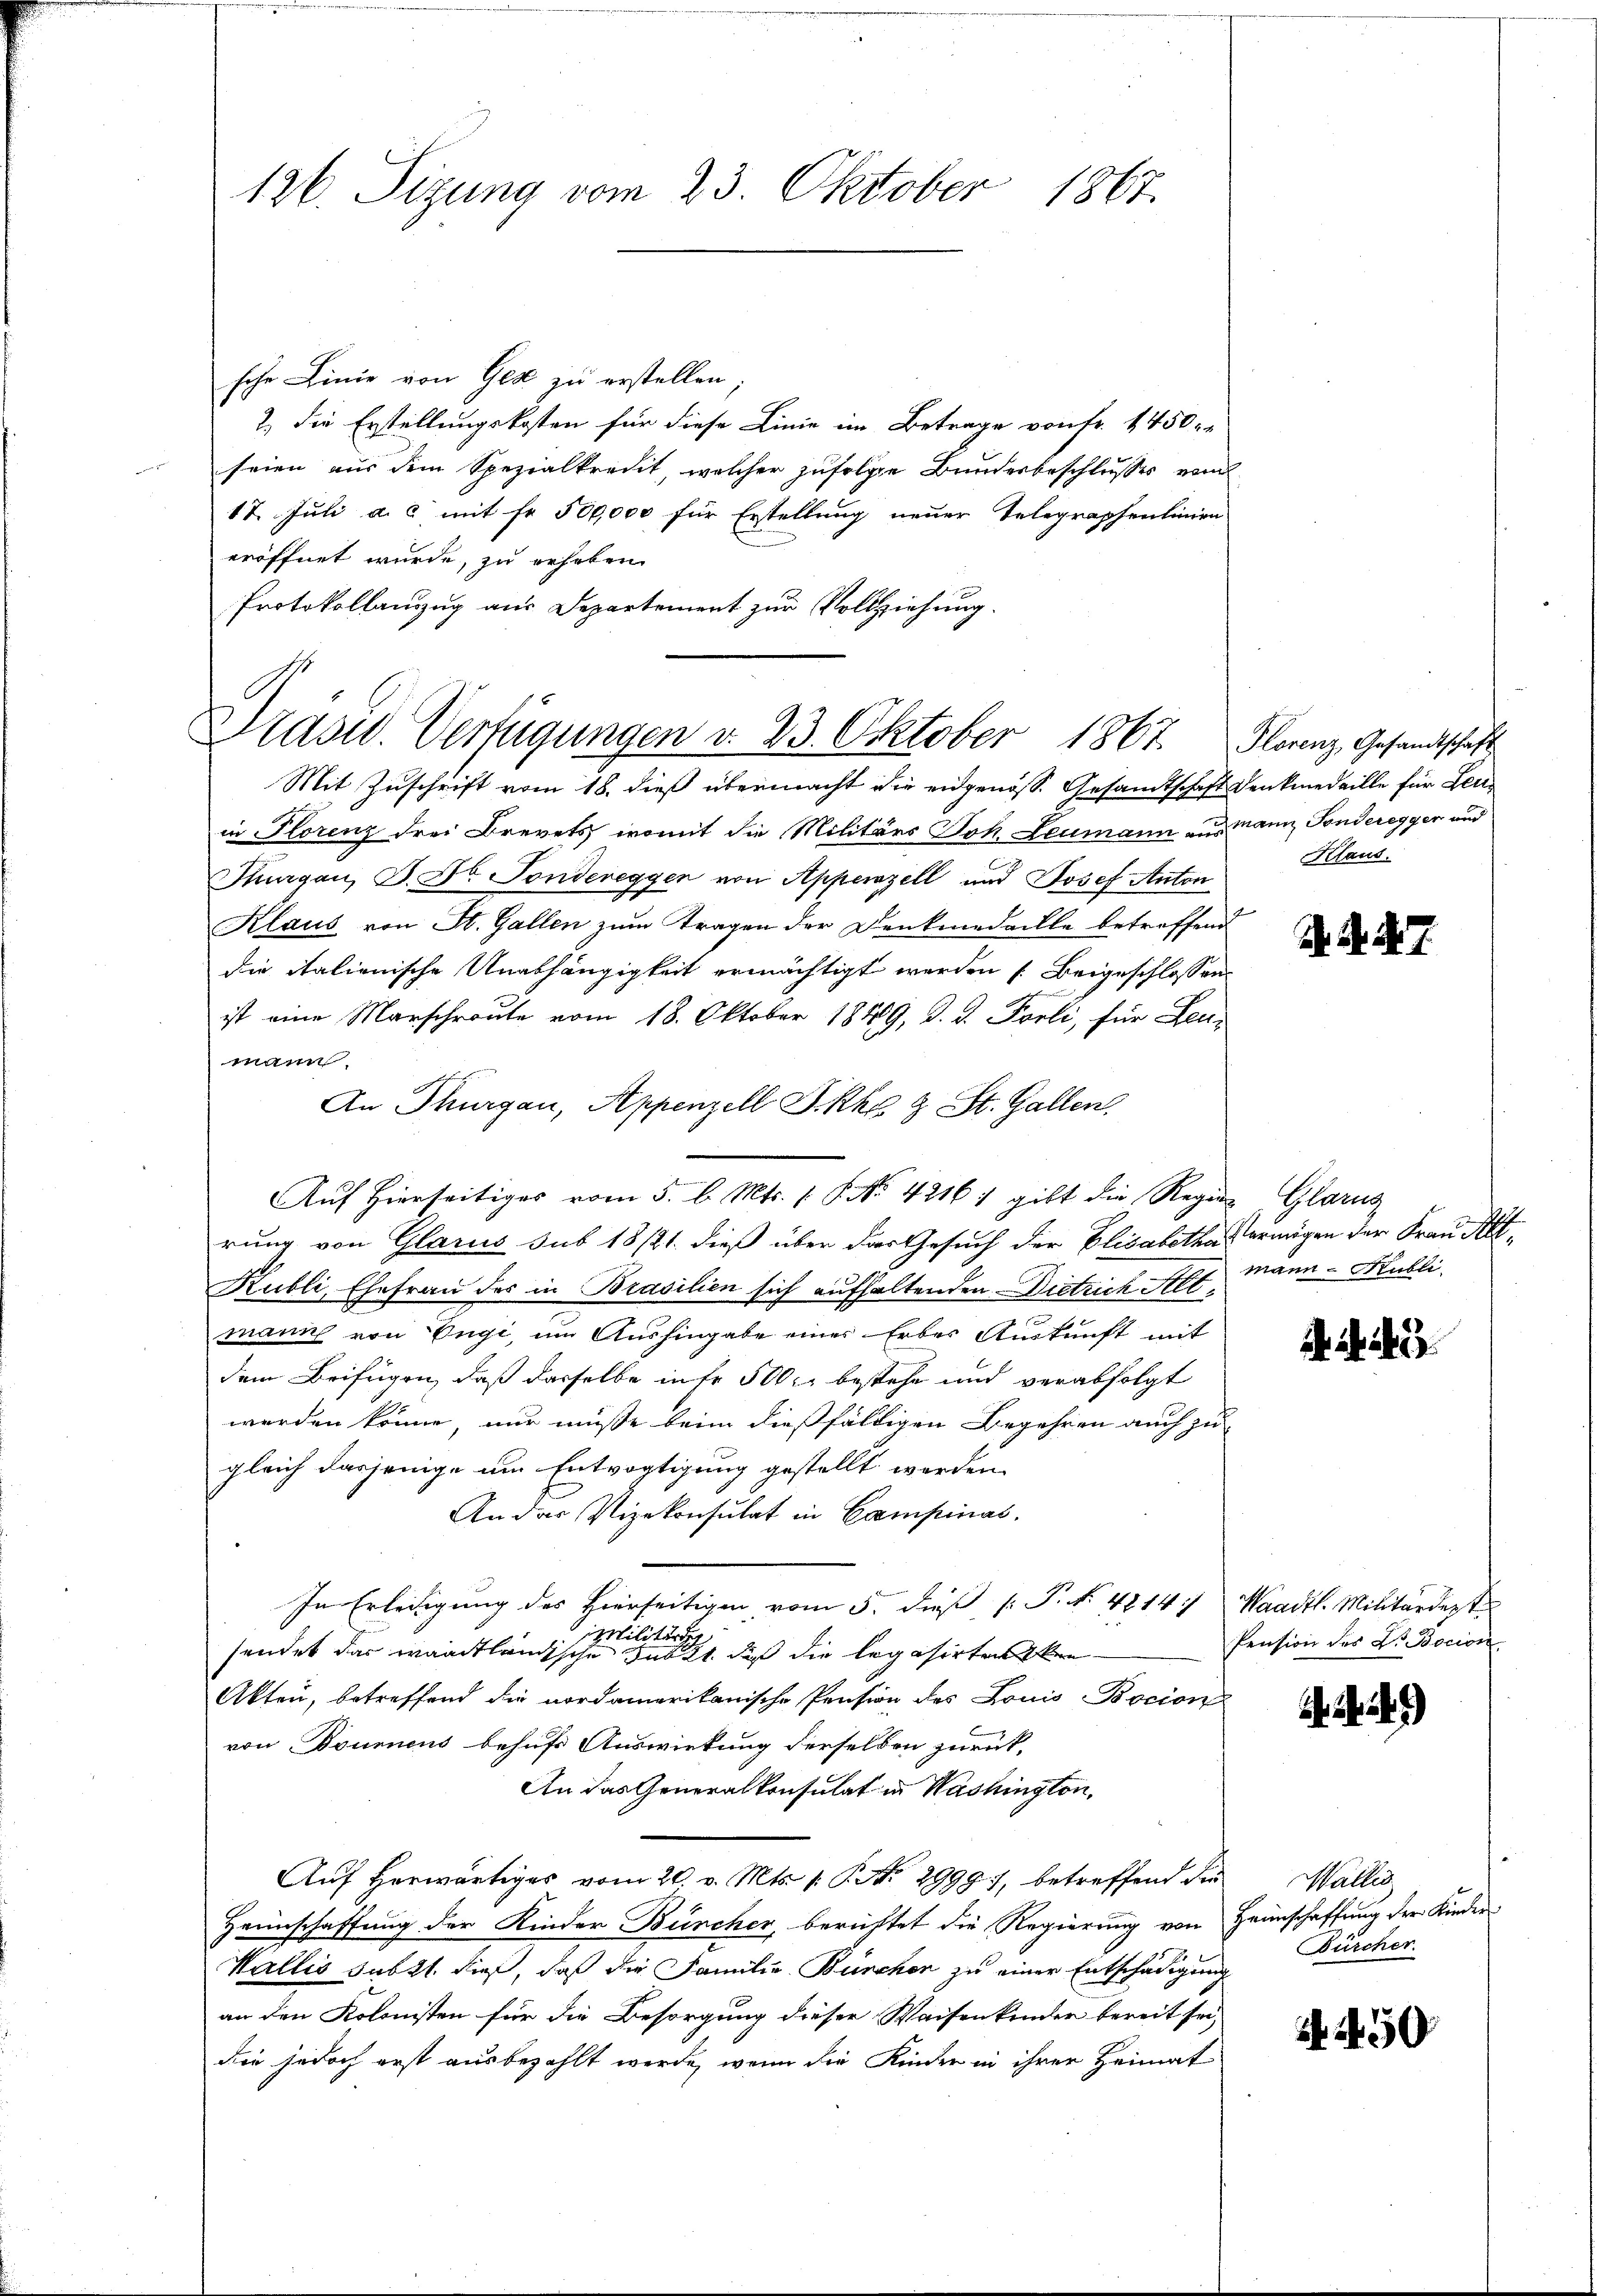
126. Sizung vom 23. Oktober 1867.

sche Linie von Ges zu erstellen
2.) Die Erstellungskosten für diese Linie im Betrage von fr. 1450
seien aus dem Spezialkredit, welcher zufolge Bundesbeschlusses vom
12. Juli a. c. mit Fr. 500,000 für Erstellung neuer Telegraphenlinien
eröffnet wurde, zu erhoben
Protokollanzug aus Departement zur Vollziehung.

Krasw. Verfügungen d. 23. Oktober 1867. Florenz Gesandtschaft

Mit Zuschrift vom 18. dieß übermacht die eidgenöss. Gesandtschaft Denkmedaille für Leuin Florenz drei Brevets, womit die Militärs Joh. Leumann aus Mann Sonderegger und
Thurgau, P. Dr. Fondereggen von Appenzell und Josef Anton
Klaus von St. Gallen zum Tragen der Denkmedaille betreffend
die italienische Unabhängigkeit ermächtigt werden Beigeschlossen
ist eine Marschroute vom 18. Oktober 1849, d. d. Forli, für Leumann.
An Thurgau, Appenzell I.Rhg & St. Gallen.
rung von Glarus sub 18/21. dieß über das Gesuch der Elisabetha Vermögen der Frau Alt¬
Kubli, Ehefrau des in Brasilien sich aufhaltenden Dietrich Altmann von Engi, im Aushingabe einer Erbes Auskunft mit
dem Beifügen, daß dasselbe infr 500 bestehe und verabfolgt
werden könne, nur müße beim dießfälligen Begehren auch zu-
gleich dasjenige um Entvogtigung gestellt werden.
An das Vizekonsulat in Compinas.
In Erledigung des Hierseitigen vom 5. dieß [ P. No. 4214) Waadt. Militärdeste
imilitärsch
sendet das waadtländische Sankt, daß die legasirten ken
Akten, betreffend die nordamerikanische Pension des Louis-Bocion
von Bournens behufs Auswirkung derselben zurück-
An das Generalkonsulat in Washington,
Auf herwärtiges vom 20. v. Mts. (: P. Nr. 29997, betreffend die
Heimschaffung der Kinder Bürcher, berichtet die Regierung von Heimschaffung der Kinder
Wallis subtt. dieß, daß die Familie Bürchen zu einer Entschädigung
an den Kolonisten für die Besorgung dieser Waisenkinder bereit sei,
die jedoch erst ausbezahlt werde, wenn die Kinder in ihrer Heimat

Auf hierseitiges vom 5. d. Mts. 1. P. No. 4216) gibt die Regien Glarus

Klaus.

. . . .

mann-Kubli

Pension des Dr. Bocion.

Wallis
Bürcher.

50